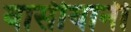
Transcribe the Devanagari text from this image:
वासीयानी